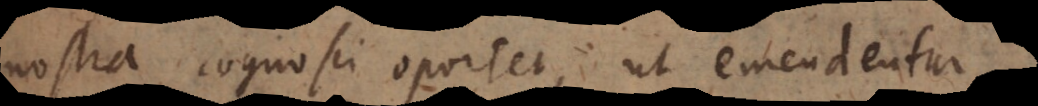
nostra cognosci oportet, ut emendentur